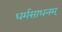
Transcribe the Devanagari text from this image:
धर्मसाधनम्